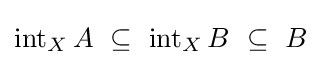
\operatorname {int} _{X}A~\subseteq ~\operatorname {int} _{X}B~\subseteq ~B